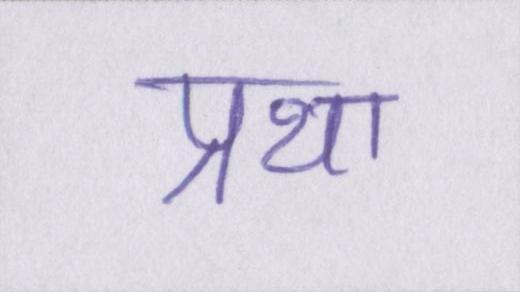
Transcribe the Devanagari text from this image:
प्रथा